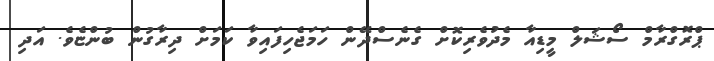
ޕްރޮގްރާމް ސޯޝަލް މީޑިއާ މެދުވެރިކޮށް ގެނެސްދޭން ހަމަޖެހިފައިވާ ކަމަށް ދިރާގުން ބުންޏެވެ. އަދި